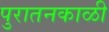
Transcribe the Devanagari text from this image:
पुरातनकाळी